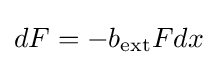
dF=-b_{\text{ext}}{F}dx